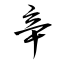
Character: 辛